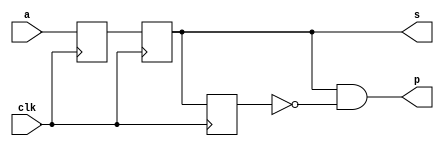
// / - 
module sedg (
    input clk,      // 
    input a,       // 
    output reg s,   // 
    output p        // 
);
    reg st, pt;
    always @(posedge clk) begin
        st <= a;
        s <= st;
        pt <= s;
    end
    assign p = s & ~pt;
endmodule